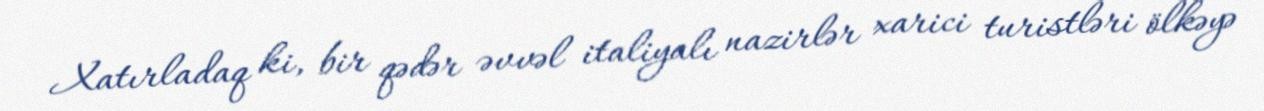
Xatırladaq ki, bir qədər əvvəl italiyalı nazirlər xarici turistləri ölkəyə